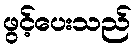
ဖွင့်ပေးသည်